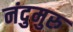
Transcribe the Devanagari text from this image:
नंदुमुरु